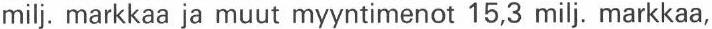
milj. markkaa ja muut myyntimenot 15,3 milj. markkaa,